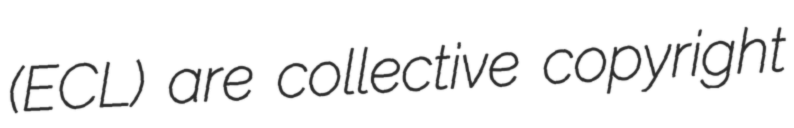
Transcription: (ECL) are collective copyright